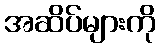
အဆိပ်များကို